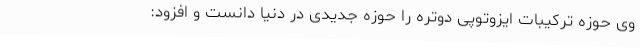
وی حوزه ترکیبات ایزوتوپی دوتره را حوزه جدیدی در دنیا دانست و افزود: